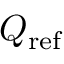
Q _ { \mathrm { r e f } }